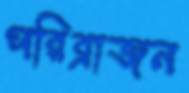
পরিব্রাজন